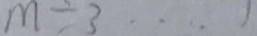
m \div 3 \cdots 1